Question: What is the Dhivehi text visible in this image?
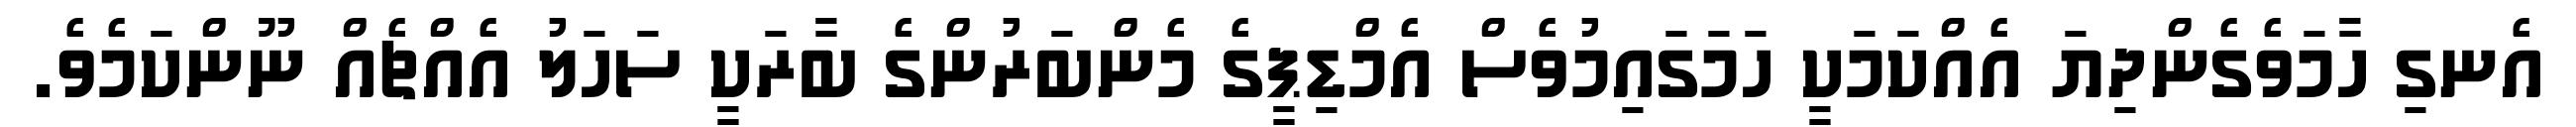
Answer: އެނގި ހާމަވެގެންދިޔަ އެއްކަމަކީ ހަމަގައިމުވެސް އެމްޑިޕީގެ މެންބަރުންގެ ބާރަކީ ސަހަލު އެއްޗެއް ނޫންކަމެވެ.